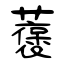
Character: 藵